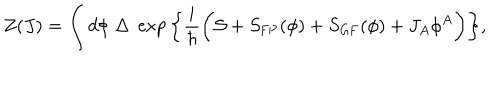
LaTeX: Z ( J ) = \int d \phi \; \Delta \; \exp \bigg \{ \frac { i } { \hbar } \bigg ( { \cal S } + S _ { \mathrm { F P } } ( \phi ) + S _ { \mathrm { G F } } ( \phi ) + J _ { A } \phi ^ { A } \bigg ) \bigg \} ,